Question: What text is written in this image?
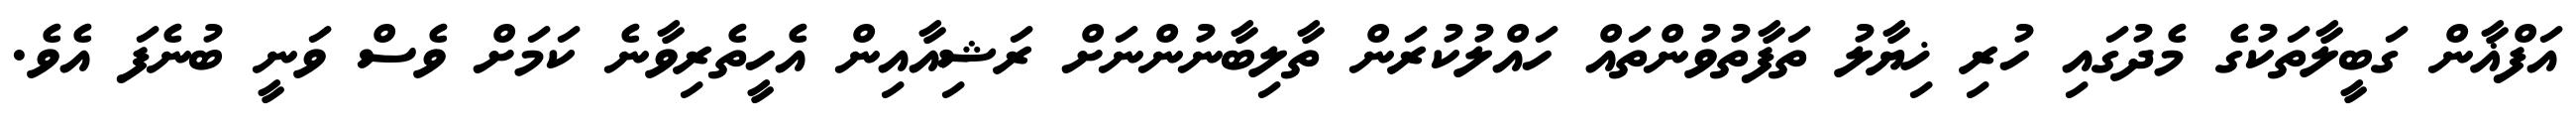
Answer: އަފްޣާން ގަބީލާތަކުގެ މެދުގައި ހުރި ޚިޔާލު ތަފާތުވުންތައް ހައްލުކުރަން ތާލިބާނުންނަށް ރަޝިއާއިން އެހީތެރިވާނެ ކަމަށް ވެސް ވަނީ ބުނެފަ އެވެ.